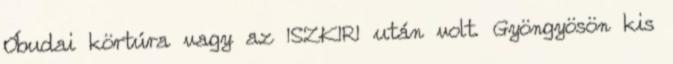
Óbudai körtúra vagy az ISZKIRI után volt. Gyöngyösön kis